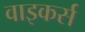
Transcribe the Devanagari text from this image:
वाइकर्स